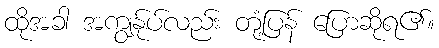
ထိုအခါ အကျွန်ုပ်လည်း တုံ့ပြန် ပြောဆိုရ၏။